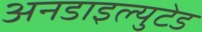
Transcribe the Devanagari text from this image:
अनडाइल्युटेड